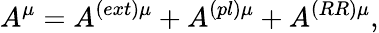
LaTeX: A^{\mu}=A^{\left(ext\right)\mu}+A^{\left(pl\right)\mu}+A^{\left(RR\right)\mu},